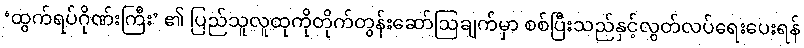
‘ထွက်ရပ်ဂိုဏ်းကြီး’ ၏ ပြည်သူလူထုကိုတိုက်တွန်းဆော်ဩချက်မှာ စစ်ပြီးသည်နှင့်လွတ်လပ်ရေးပေးရန်